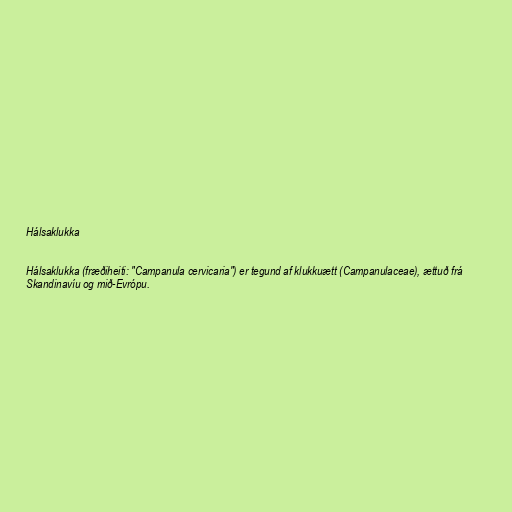
Hálsaklukka

Hálsaklukka (fræðiheiti: "Campanula cervicaria") er tegund af klukkuætt (Campanulaceae), ættuð frá
Skandinavíu og mið-Evrópu.